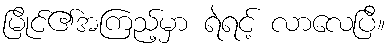
မြိုင်၏အကြည့်မှာ ရဲရင့် လာလေပြီ။